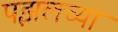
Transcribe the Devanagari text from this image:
पझलच्या